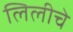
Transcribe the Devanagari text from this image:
लिलीचे